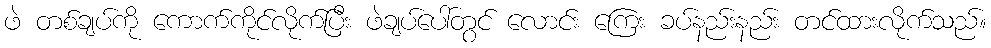
ဖဲ တစ်ချပ်ကို ကောက်ကိုင်လိုက်ပြီး ဖဲချပ်ပေါ်တွင် လောင်း ကြေး ခပ်နည်းနည်း တင်ထားလိုက်သည်။